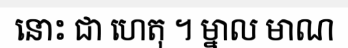
នោះ ជា ហេតុ ។ ម្នាល មាណ